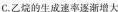
C.乙烷的生成速率逐渐增大